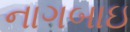
નાગબાઇ